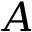
A